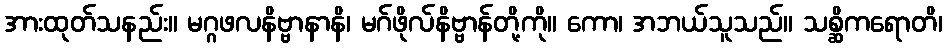
အားထုတ်သနည်း။ မဂ္ဂဖလနိဗ္ဗာနာနိ၊ မဂ်ဖိုလ်နိဗ္ဗာန်တို့ကို။ ကော၊ အဘယ်သူသည်။ သစ္ဆိကရောတိ၊